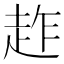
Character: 䞢